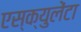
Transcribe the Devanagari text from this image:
एस्क्युलेंटा